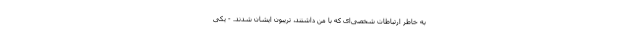
به خاطر ارتباطات شخصی‌ای که با من داشتند، تریبون ایشان شدند. - یکی